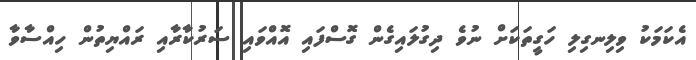
އެކަމަކު ވިލިނގިލި ހަގީތަކަށް ނުވެ ދިގުލައިގެން ގޮސްފައި އޮއްވައި ސަރުކާރާއި ރައްޔިތުން ހިއްސާވާ